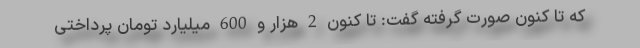
که تا کنون صورت گرفته گفت: تا کنون 2 هزار و 600 میلیارد تومان پرداختی